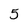
Character: 5